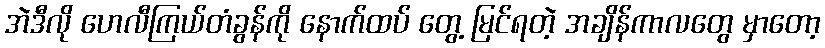
အဲဒီလို ဟေလီကြယ်တံခွန်ကို နောက်ထပ် တွေ့ မြင်ရတဲ့ အချိန်ကာလတွေ မှာတော့